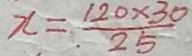
x = \frac { 1 2 0 \times 3 0 } { 2 5 }